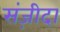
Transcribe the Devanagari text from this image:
संज़ीदा